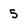
Character: 5